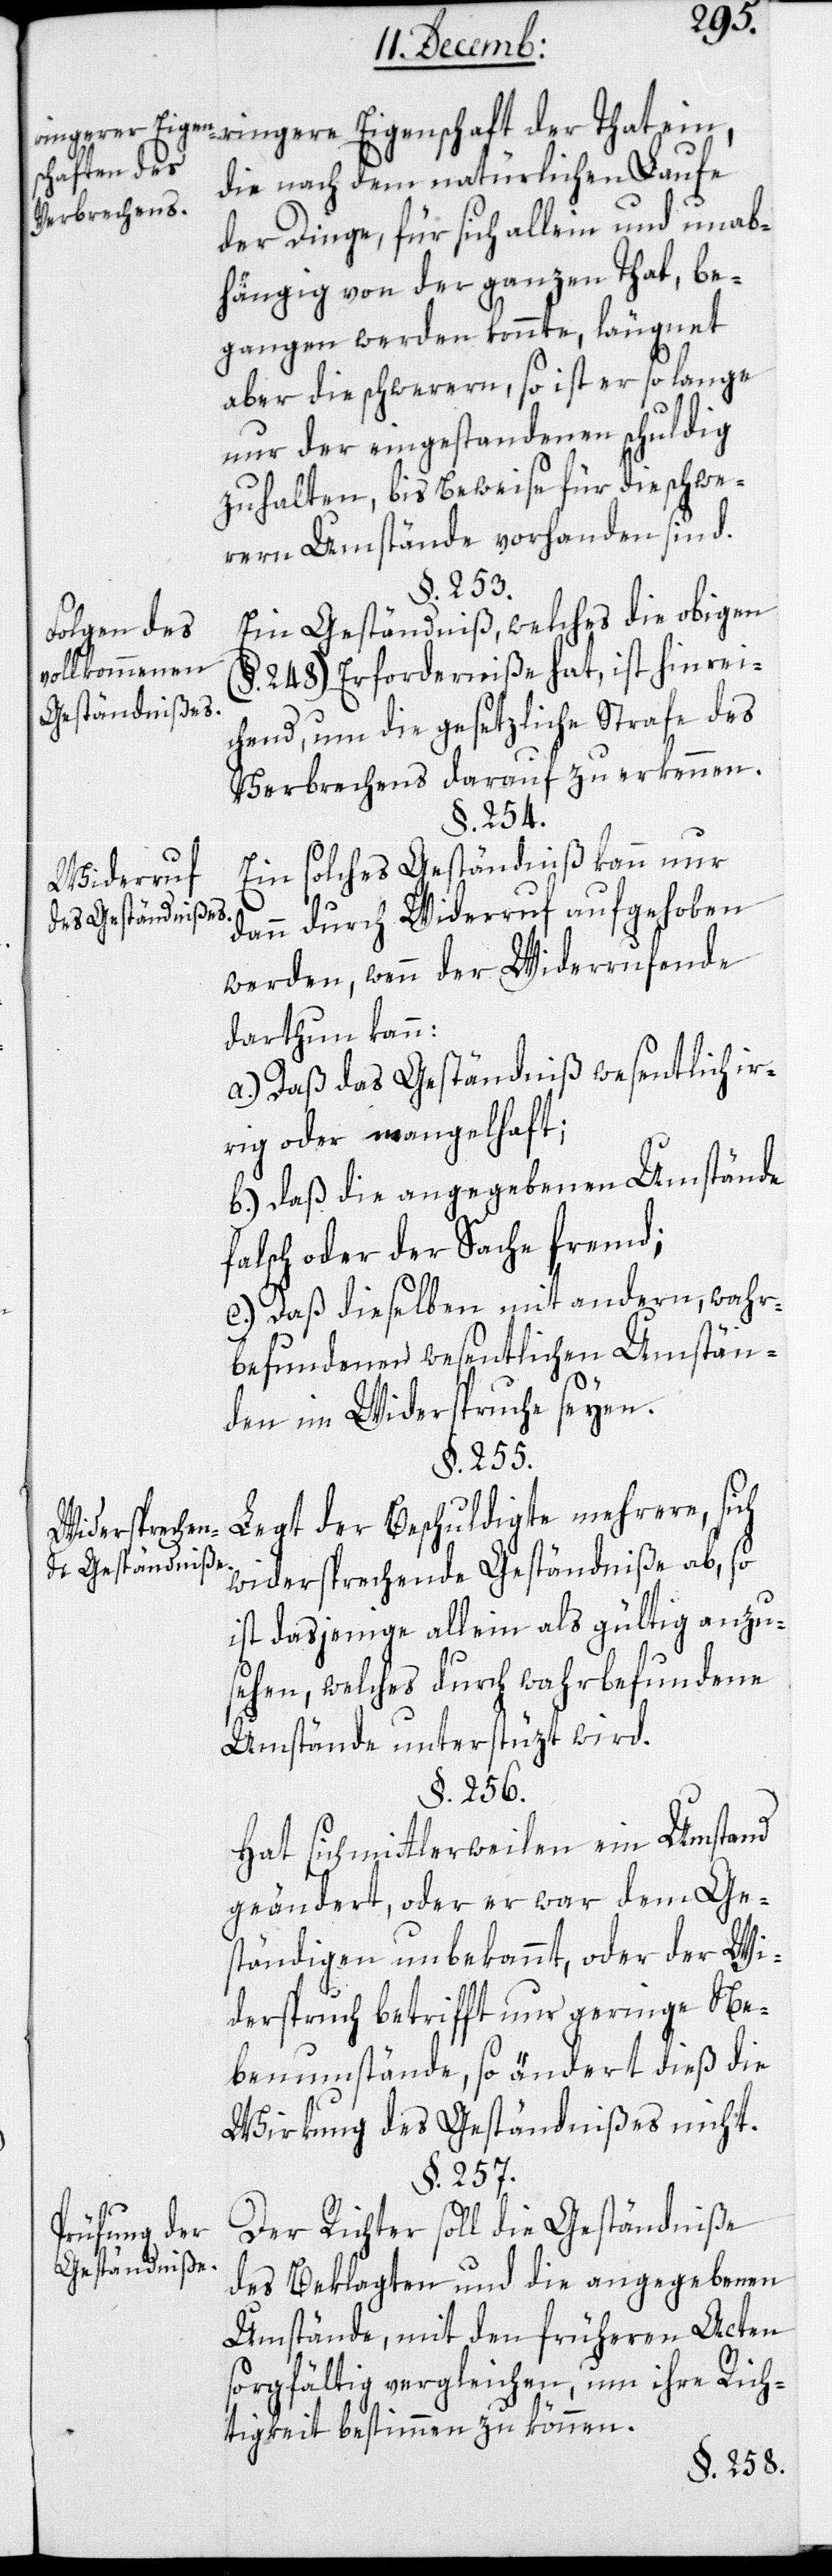
Folgen des
vollkommenen
Geständnißes.
Widerruf
des Geständnißes.
Widersprechen¬
de Geständniße.
Prüfung der
Geständniße.

ringere Eigenschaft der That ein,
die nach dem natürlichen Laufe
der Dinge, für sich allein und unab¬
hängig von der ganzen That, be¬
gangen werden konnte, läugnet
aber die schwerern, so ist er so lange
nur der eingestandenen schuldig
zu halten, bis Beweise für die schwe¬
rern Umstände vorhanden sind.
§. 253.
Ein Geständniß, welches die obigen
(§. 248) Erforderniße hat, ist hinrei¬
chend, um die gesetzliche Strafe des
Verbrechens darauf zu erkennen.
§. 254.
Ein solches Geständniß kann nur
dann durch Widerruf aufgehoben
werden, wenn der Widerrufende
darthun kann:
a) Daß das Geständniß wesentlich ir¬
rig oder mangelhaft;
b) Daß die angegebenen Umstände
falsch oder der Sache fremd.
c) Daß dieselben mit andern, wahr¬
befundenen wesentlichen Umstän¬
den im Widerspruch seyen.
§. 255.
Legt der Beschuldigte mehrere, sich
widersprechende Geständniße ab, so
ist dasjenige allein als gültig anzu¬
sehen, welches durch wahrbefundene
Umstände unterstüzt wird.
§. 256.
Hat sich mittlerweilen ein Umstand
geändert, oder er war dem Ge¬
ständigen unbekannt, oder der Wi¬
derspruch betrifft nur geringe Ne¬
benumstände, so ändert dieß die
Wirkung des Geständnißes nicht.
§. 257.
Der Richter soll die Geständniße
des Beklagten und die angegebenen
Umstände, mit den früheren Acten
sorgfältig verlgeichen, um ihre Rich¬
tigkeit bestimmen zu können.